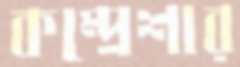
কম্প্রেশার